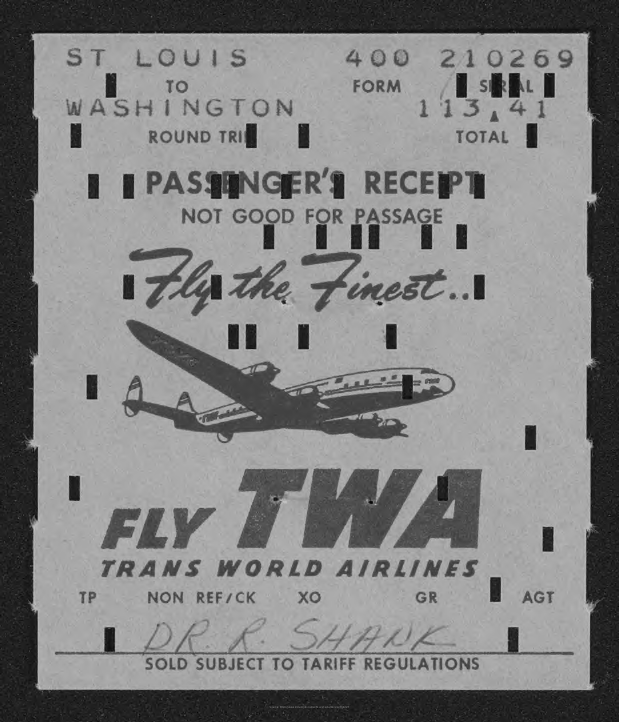
ST    LOUIS    400    210269
     TO    FORM
     WASHINGTON    113,41
     ROUND    TRI    TOTAL
     |    |    PASSENGER'S    RECEPT
     NOT    GOOD    FOR    PASSAGE
     It's    the    finest    ...
     TWA FLY
     TRANS    WORLD    AIRLINES
     TP    NON    REF/CK    XO    GR    AGT
     I    DR.    R.    SHANK
     SOLD    SUBJECT    TO    TARIFF    REGULATIONS
     Source: https://www.industrydocuments.ucsf.edu/docs/zzhh0227